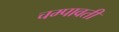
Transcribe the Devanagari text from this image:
चम्पावती